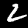
Digit: 2